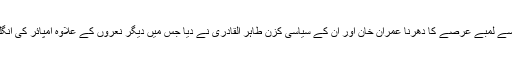
حالیہ تاریخ کا سب سے لمبے عرصے کا دھرنا عمران خان اور ان کے سیاسی کزن طاہر القادری نے دیا جس میں دیگر نعروں کے علاوہ امپائر کی انگلی کافی مقبول ہوئی۔